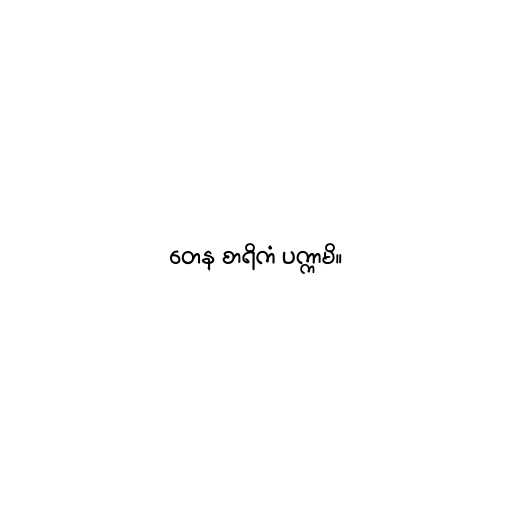
တေန စာရိကံ ပက္ကာမိ။